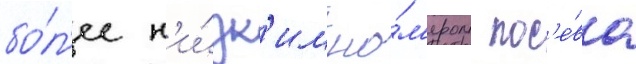
бо́л'ее н'и́зк'им но́м'ером пос'е́ва